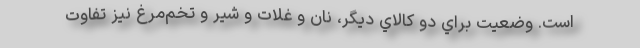
است. وضعيت براي دو كالاي ديگر، نان و غلات و شير و تخم‌مرغ نيز تفاوت